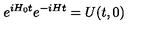
e ^ { i H _ { 0 } t } e ^ { - i H t } = U ( t , 0 )